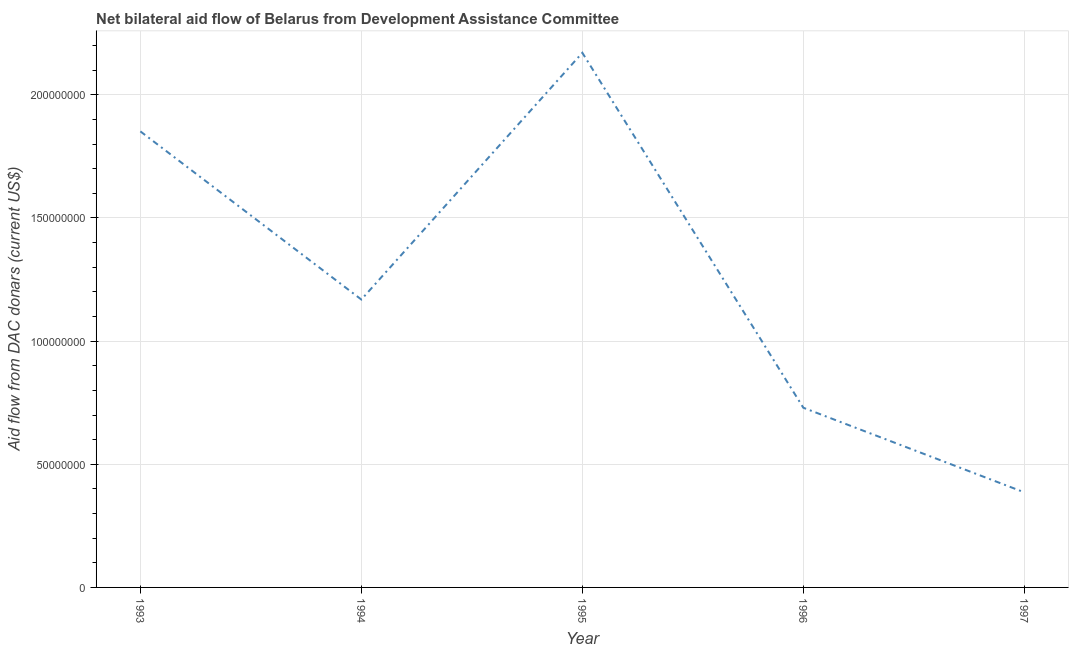
| Year | Net bilateral aid flows from DAC donors |
 | --- | --- |
 | 1993 | 1.85e+08 |
 | 1994 | 1.17e+08 |
 | 1995 | 2.17e+08 |
 | 1996 | 7.3e+07 |
 | 1997 | 3.86e+07 |